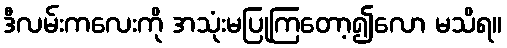
ဒီလမ်းကလေးကို အသုံးမပြုကြတော့၍လော မသိရ။